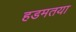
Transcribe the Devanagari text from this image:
हडमतया